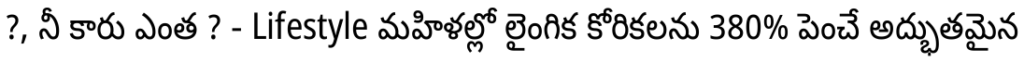
?, నీ కారు ఎంత ? - Lifestyle మహిళల్లో లైంగిక కోరికలను 380% పెంచే అద్భుతమైన